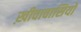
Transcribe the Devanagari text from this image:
ख़ीवावासियों